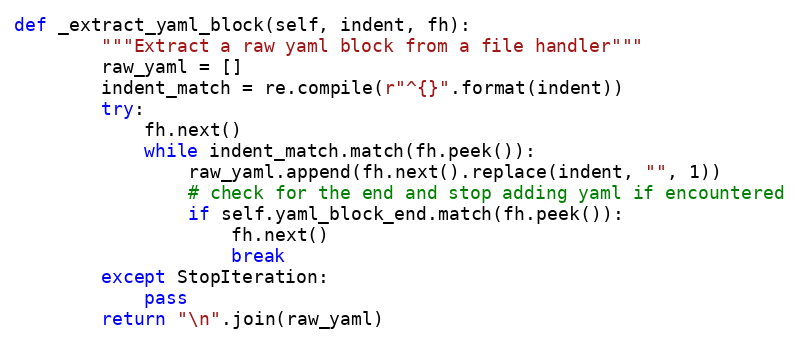
Language: Python
def _extract_yaml_block(self, indent, fh):
        """Extract a raw yaml block from a file handler"""
        raw_yaml = []
        indent_match = re.compile(r"^{}".format(indent))
        try:
            fh.next()
            while indent_match.match(fh.peek()):
                raw_yaml.append(fh.next().replace(indent, "", 1))
                # check for the end and stop adding yaml if encountered
                if self.yaml_block_end.match(fh.peek()):
                    fh.next()
                    break
        except StopIteration:
            pass
        return "\n".join(raw_yaml)